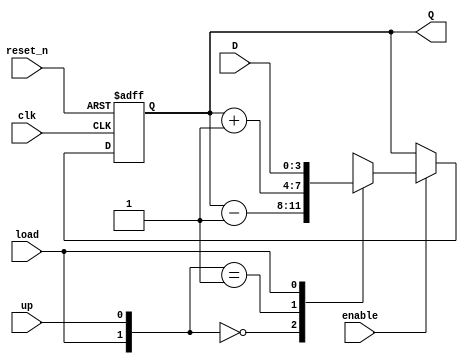
`timescale 1ns / 1ps

module udl_counter
    #(parameter BITS = 4)(
    input clk,
    input reset_n,
    input enable,
    input up, //when asserted the counter is up counter; otherwise, it is a down counter
    input load,
    input [BITS - 1:0] D,
    output [BITS - 1:0] Q
    );
    
    reg [BITS - 1:0] Q_reg, Q_next;
    
    always @(posedge clk, negedge reset_n)
    begin
        if (~reset_n)
            Q_reg <= 'b0;
        else if(enable)
            Q_reg <= Q_next;
        else
            Q_reg <= Q_reg;
    end
    
    // Next state logic
    always @(Q_reg, up, load, D)
    begin
        Q_next = Q_reg;
        casex({load,up})
            2'b00: Q_next = Q_reg - 1;
            2'b01: Q_next = Q_reg + 1;
            2'b1x: Q_next = D;
            default: Q_next = Q_reg;
        endcase
        
    end
    
    // Output logic
    assign Q = Q_reg;
endmodule